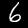
Label: 6